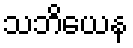
သဘိယေန